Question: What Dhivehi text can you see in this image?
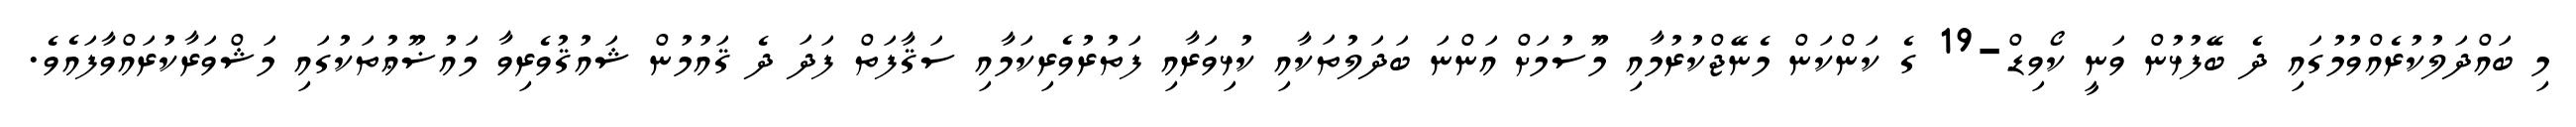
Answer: މި ބައްދަލުކުރެއްވުމުގައި ދެ ބޭފުޅުން ވަނީ ކޯވިޑް-19 ގެ ކަންކަން މެނޭޖްކުރުމާއި މޫސުމަށް އަންނަ ބަދަލުތަކާއި ކުޅިވަރާއި ފަތުރުވެރިކަމާއި ސަޤާފަތް ފަދަ ދެ ޤައުމުން ޝައުޤުވެރިވާ މައުޟޫޢުތަކުގައި މަޝްވަރާކުރައްވާފައެވެ.